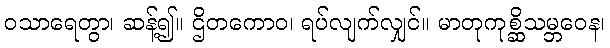
ဝသာရေတွာ၊ ဆန့်၍။ ဌိတကောဝ၊ ရပ်လျက်လျှင်။ မာတုကုစ္ဆိသမ္ဘဝေန၊